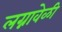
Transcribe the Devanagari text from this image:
लग्नावेळी